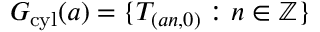
G _ { \mathrm { c y l } } ( a ) = \{ T _ { ( a n , 0 ) } : n \in \mathbb { Z } \}